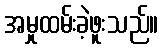
အမှုထမ်းခဲ့ဖူးသည်။